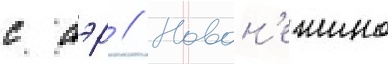
с аэр // Новон'ежино